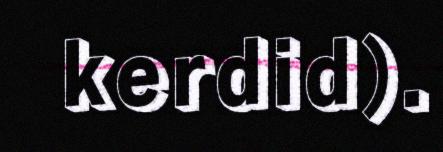
kerdid).